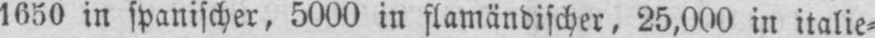
1650 in spanischer, 5000 in flamändischer, 25,000 in italie⸗